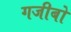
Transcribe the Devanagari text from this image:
गजीबो